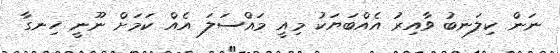
ނަން ކިލަނބު ވާއިރު އެއްބަޔަކު މިއީ މައްސަލަ އެއް ކަމަށް ނޫނީ ހިނގާ